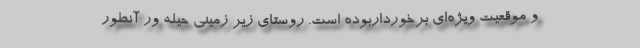
و موقعیت ویژه‌ای برخورداربوده است. روستای زیر زمینی حیله ور آنطور